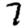
Digit: 7